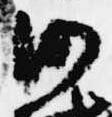
沙